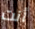
أنت